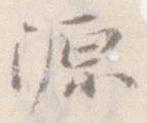
源